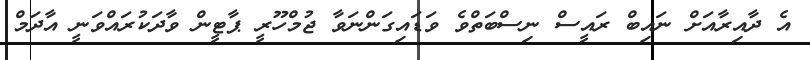
އެ ދާއިރާއަށް ނައިބް ރައީސް ނިސްބަތްވެ ވަޑައިގަންނަވާ ޖުމްހޫރީ ޕާޓީން ވާދަކުރައްވަނީ އާދަމް